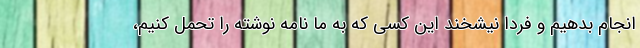
انجام بدهیم و فردا نیشخند این کسی که به ما نامه نوشته را تحمل کنیم،